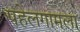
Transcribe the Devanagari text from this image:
पहेलगामला